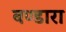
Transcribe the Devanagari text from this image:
बण्डारा